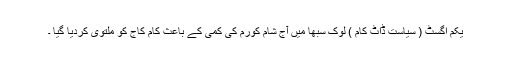
یکم اگسٹ ( سیاست ڈاٹ کام ) لوک سبھا میں آج شام کورم کی کمی کے باعث کام کاج کو ملتوی کردیا گیا ۔